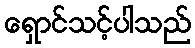
ရှောင်သင့်ပါသည်